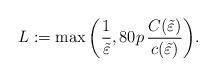
LaTeX: \begin{align*}L:=\max\bigg(\frac{1}{\tilde \varepsilon},80p\, \frac{ C( \tilde{\varepsilon}) }{ c(\tilde{\varepsilon})}\bigg).\end{align*}